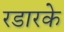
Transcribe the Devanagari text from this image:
रडारके